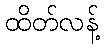
ထိတ်လန့်